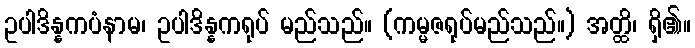
ဥပါဒိန္နကပံနာမ၊ ဥပါဒိန္နကရုပ် မည်သည်။ (ကမ္မဇရုပ်မည်သည်။) အတ္ထိ၊ ရှိ၏။